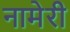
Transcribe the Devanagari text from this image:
नामेरी